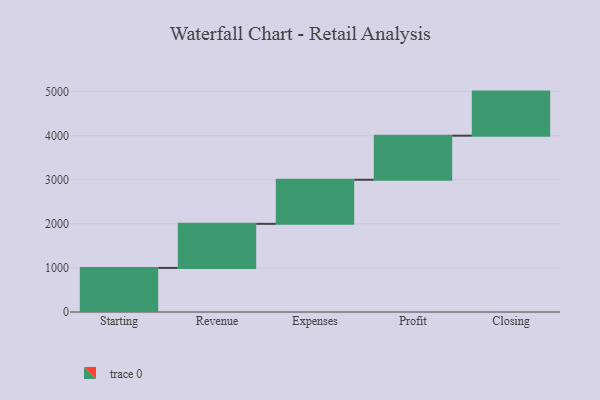
{"axis": {"x": "Step", "y": "Value"}, "legend": [""], "data": [{"x": "Starting", "y": 1000, "type": ""}, {"x": "Revenue", "y": 1000, "type": ""}, {"x": "Expenses", "y": 1000, "type": ""}, {"x": "Profit", "y": 1000, "type": ""}, {"x": "Closing", "y": 1000, "type": ""}]}